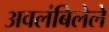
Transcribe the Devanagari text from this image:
अवलंबिलेले